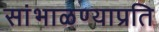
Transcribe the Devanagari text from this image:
सांभाळण्याप्रति